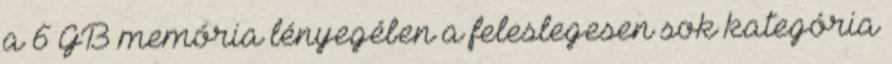
a 6 GB memória lényegében a feleslegesen sok kategória